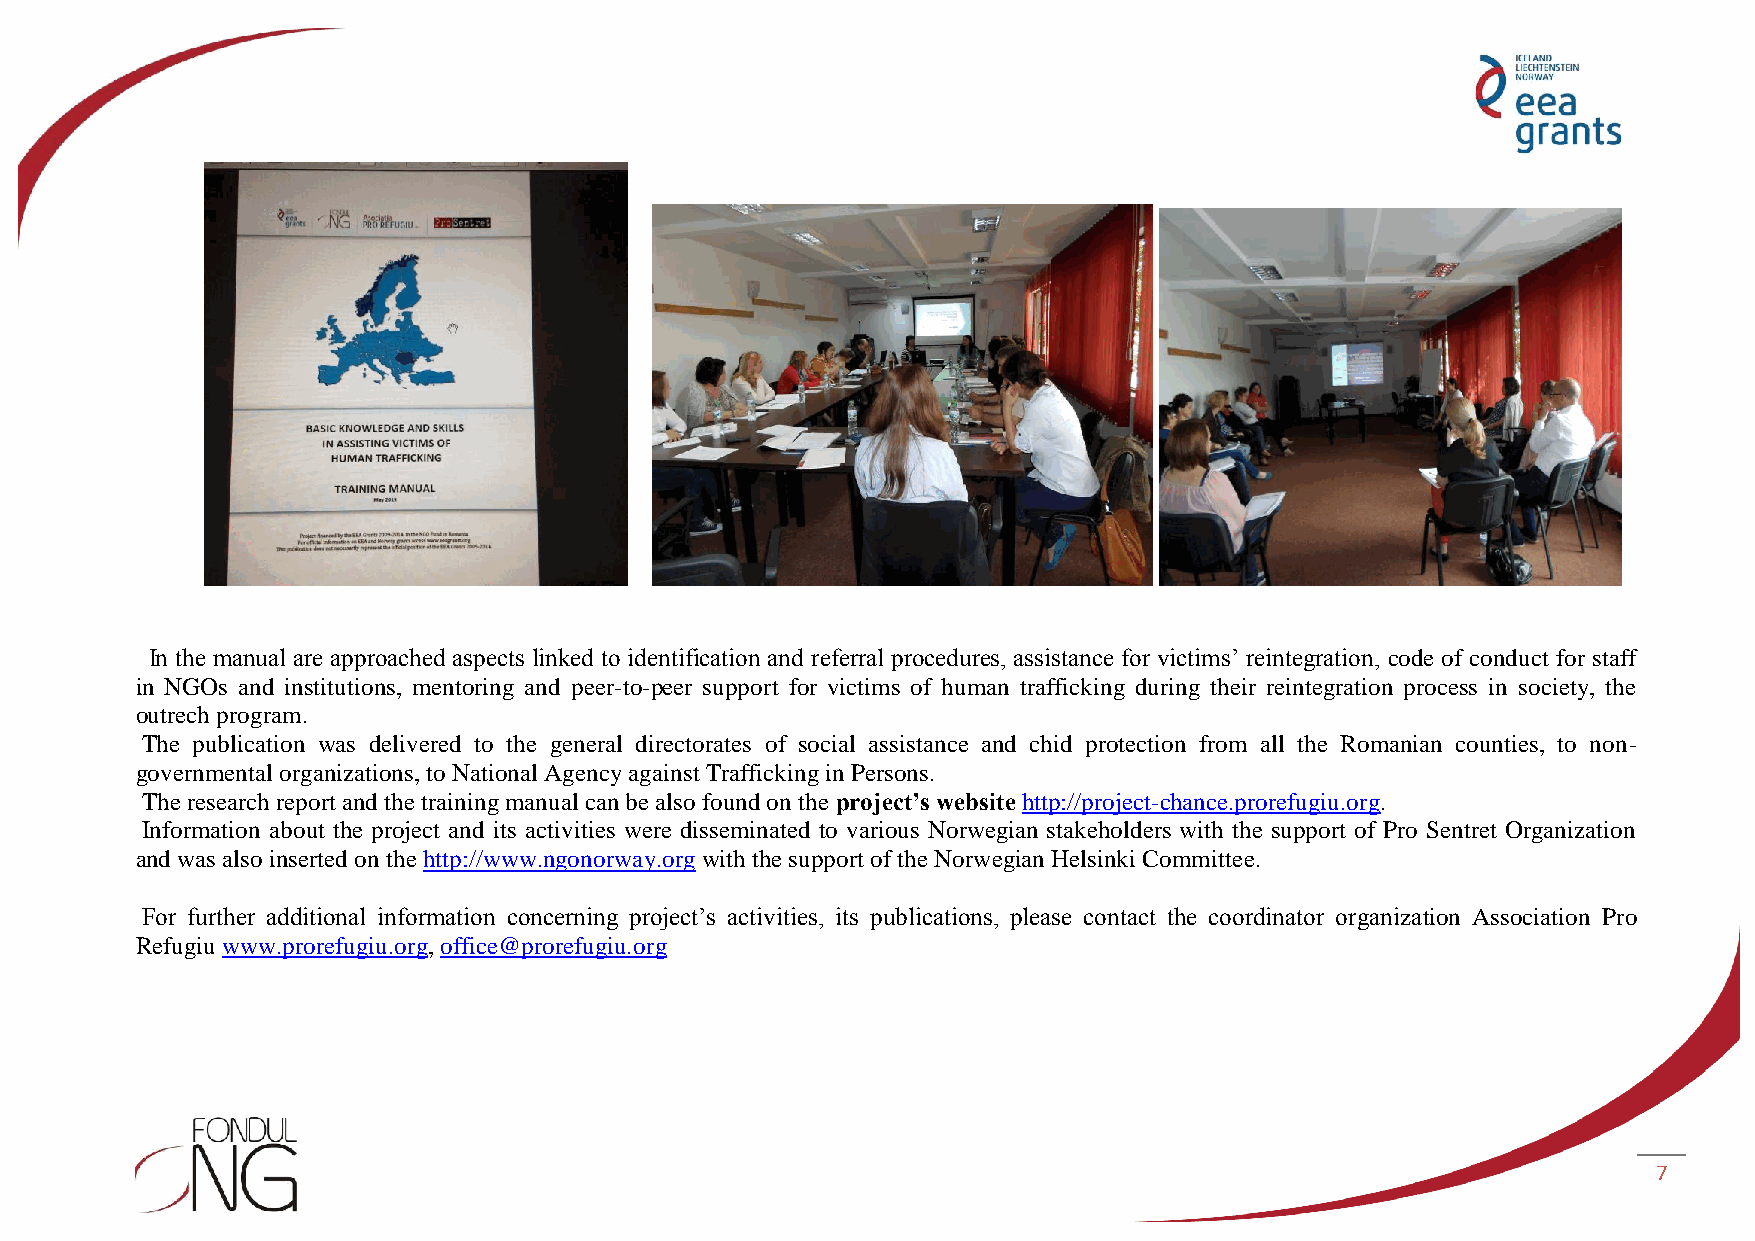
In the manual are approached aspects linked to identification and referral procedures, assistance for victims’ reintegration, code of conduct for staff
 in NGOs and institutions, mentoring and peer-to-peer support for victims of human trafficking during their reintegration process in society, the
 outrech program.
 The publication was delivered to the general directorates of social assistance and chid protection from all the Romanian counties, to non-
 governmental organizations, to National Agency against Trafficking in Persons.
 The research report and the training manual can be also found on the project’s website http://project-chance.prorefugiu.org.
 Information about the project and its activities were disseminated to various Norwegian stakeholders with the support of Pro Sentret Organization
 and was also inserted on the http://www.ngonorway.org with the support of the Norwegian Helsinki Committee.
 For further additional information concerning project’s activities, its publications, please contact the coordinator organization Association Pro
 Refugiu www.prorefugiu.org, office@prorefugiu.org
 7